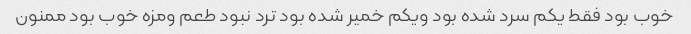
خوب بود فقط یکم سرد شده بود ویکم خمیر شده بود ترد نبود طعم ومزه خوب بود ممنون